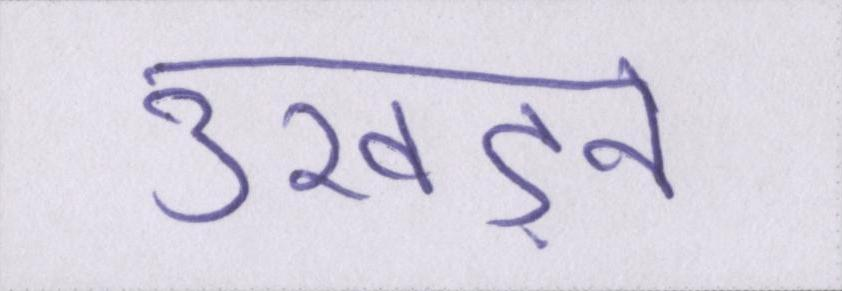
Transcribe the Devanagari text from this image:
उखड़ने